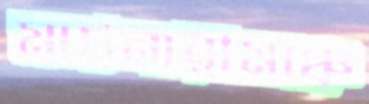
মার্চনারীমঞ্চে